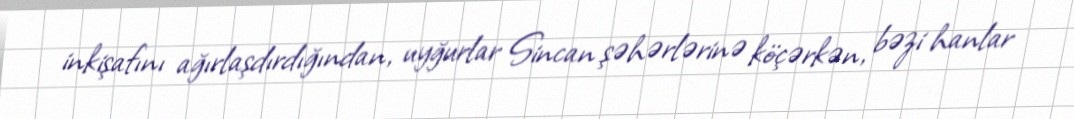
inkişafını ağırlaşdırdığından, uyğurlar Sincan şəhərlərinə köçərkən, bəzi hanlar